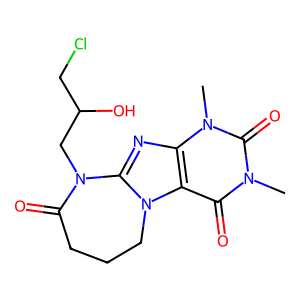
SMILES: Cn1c(=O)c2c(nc3n2CCCC(=O)N3CC(O)CCl)n(C)c1=O
Inhibits HIV replication: No